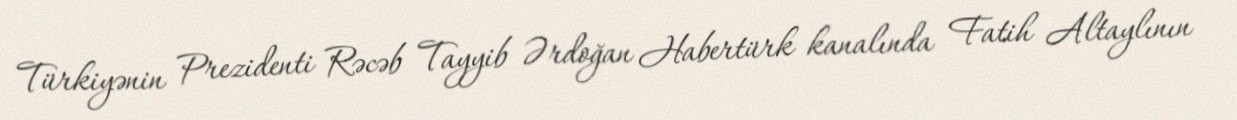
Türkiyənin Prezidenti Rəcəb Tayyib Ərdoğan Habertürk kanalında Fatih Altaylının